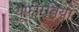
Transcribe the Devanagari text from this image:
यूफोरबिया